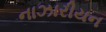
નાઝારીયન